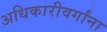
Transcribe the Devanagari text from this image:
अधिकारीवर्गांना